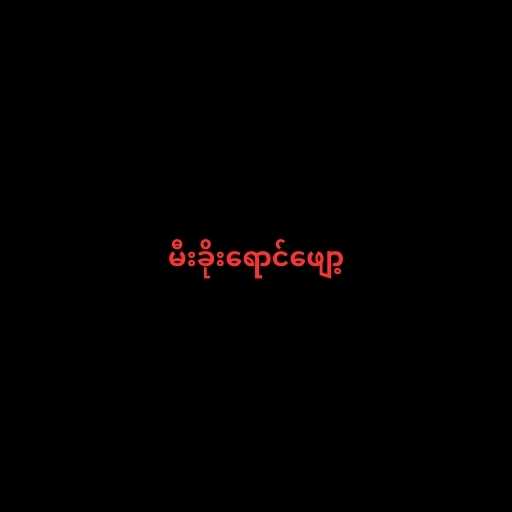
မီးခိုးရောင်ဖျော့